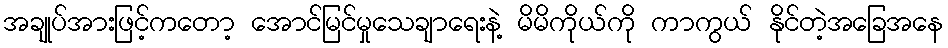
အချုပ်အားဖြင့်ကတော့ အောင်မြင်မှုသေချာရေးနဲ့ မိမိကိုယ်ကို ကာကွယ် နိုင်တဲ့အခြေအနေ